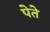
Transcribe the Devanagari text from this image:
पेते